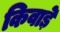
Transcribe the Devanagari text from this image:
किवाड़े